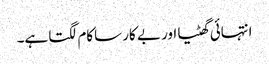
انتہائی گھٹیا اور بے کار ساکام لگتا ہے۔